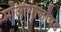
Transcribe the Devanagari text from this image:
मॉआंगोलॉयड